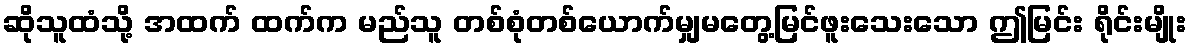
ဆိုသူထံသို့ အထက် ထက်က မည်သူ တစ်စုံတစ်ယောက်မျှမတွေ့မြင်ဖူးသေးသော ဤမြင်း ရိုင်းမျိုး